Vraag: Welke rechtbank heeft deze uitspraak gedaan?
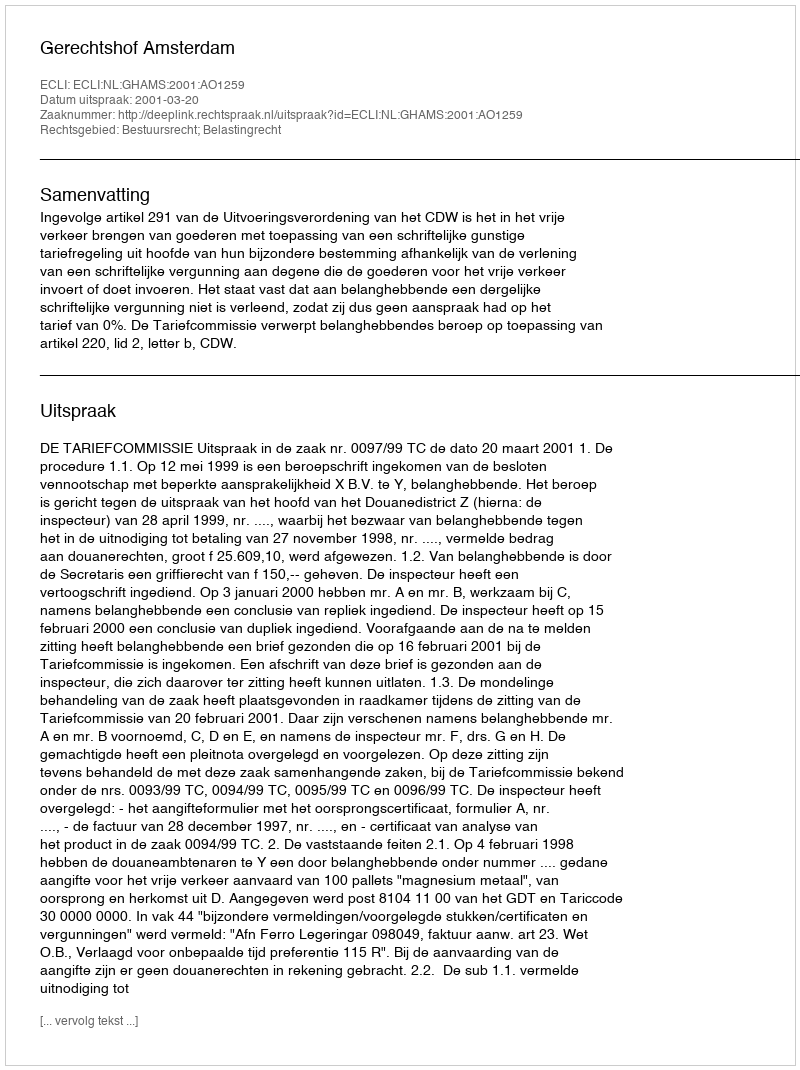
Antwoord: Gerechtshof Amsterdam